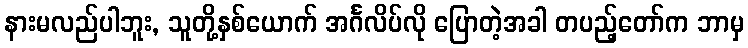
နားမလည်ပါဘူး, သူတို့နှစ်ယောက် အင်္ဂလိပ်လို ပြောတဲ့အခါ တပည့်တော်က ဘာမှ